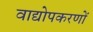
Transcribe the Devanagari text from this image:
वाद्योपकरणों